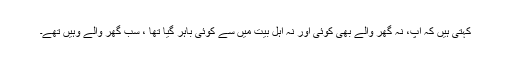
کہتی ہیں کہ آپ، نہ گھر والے بھی کوئی اور نہ اہلِ بیت میں سے کوئی باہر گیا تھا ، سب گھر والے وہیں تھے۔